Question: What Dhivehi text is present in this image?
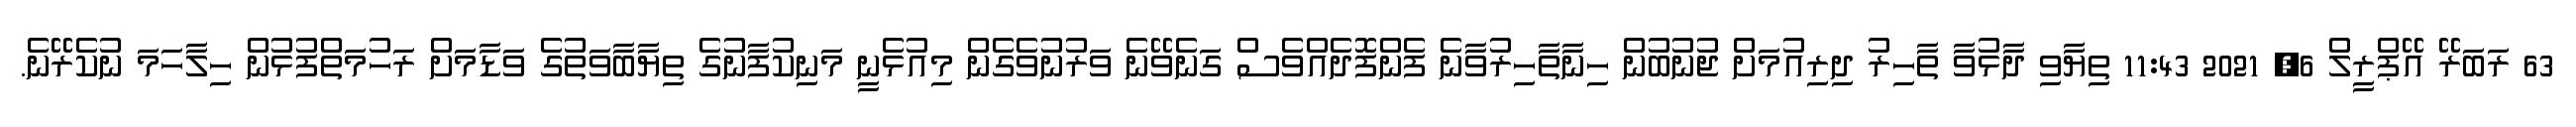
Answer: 63 ރަބަރޭ އޭޕްރީލް 6, 2021 11:43 ތިޔާވި ދާޅުވާ ތާހިރު ދިރިއުމަށް ޖުނުބުން ހިނާތާހިރުވާނެ ފެންފޮދެއްވެސް ގަނެވޭނެ ވަރުނުވެގެން މިއުޅެނީ މަނިކުފާނުގެ ތިޔާބާވަތުގެ ވަޑާމަށް ރަހުމަތްފުޅުން ހިލާހަމަ ނުކެރޭނެ.